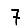
Digit: 7